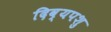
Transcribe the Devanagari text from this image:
दिव्यपशु